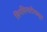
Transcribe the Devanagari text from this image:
सिनसिनाटीपासून